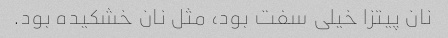
نان پیتزا خیلى سفت بود، مثل نان خشکیده بود.